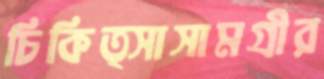
চিকিত্সাসামগ্রীর